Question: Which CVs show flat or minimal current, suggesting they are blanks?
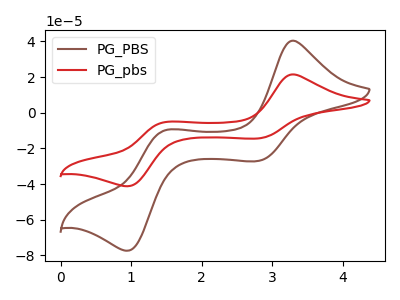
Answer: <think>The brown curve "PG_PBS" has anodic peaks at (3.30V, 40.45uA) (1.50V, -9.80uA) and cathodic peaks at (2.80V, -27.00uA) (0.95V, -77.35uA). The red curve "PG_pbs" has anodic peaks at (3.30V, 21.55uA) (1.50V, -5.20uA) and cathodic peaks at (2.80V, -14.40uA) (0.95V, -41.20uA).</think>
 <answer>There are not any CV's on this graph that are likely to be blanks.</answer>
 <eval>none</eval>